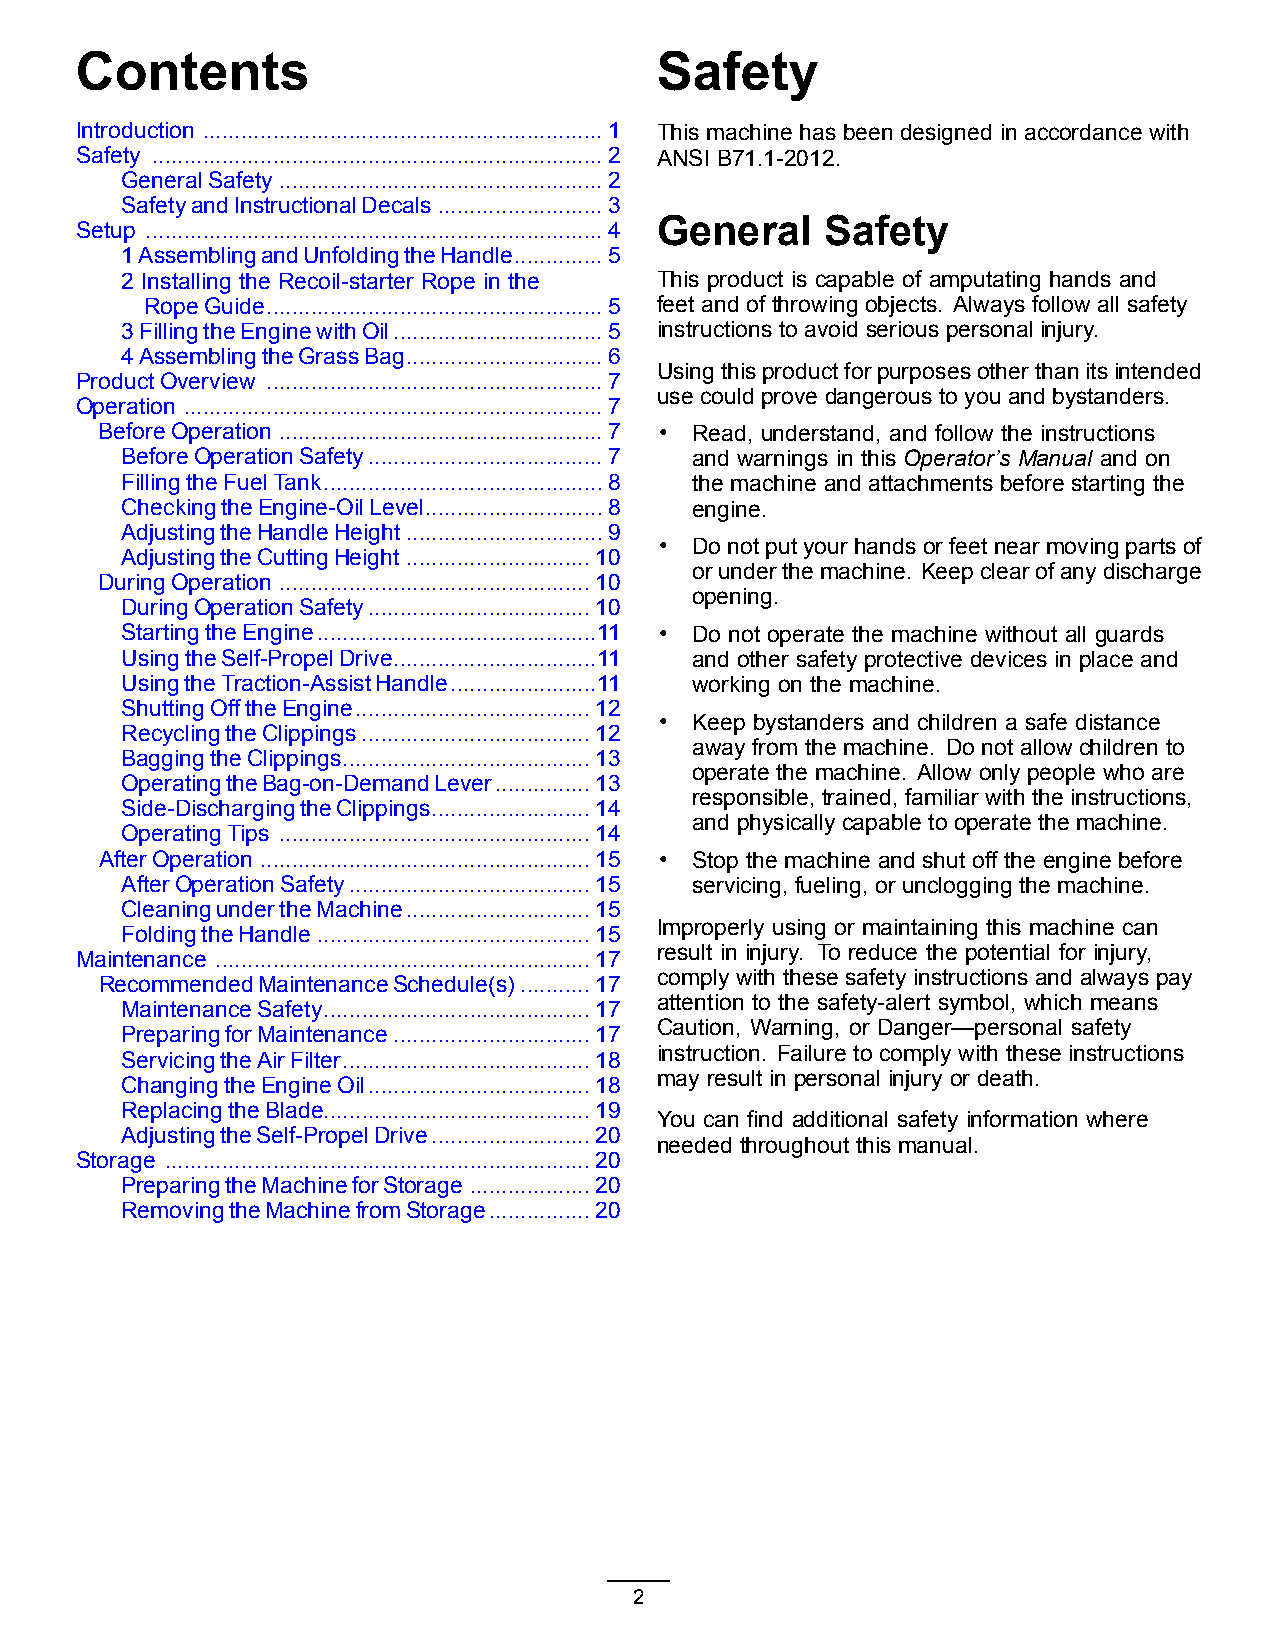
Contents                              Safety
 Introduction ...............................................................1 This machine has been designed in accordance with
 Safety .......................................................................2 ANSI B71.1-2012.
 GeneralSafety...................................................2
 SafetyandInstructionalDecals ..........................3
 General     Safety
 Setup ........................................................................4
 1AssemblingandUnfoldingtheHandle..............5
 2 Installing the Recoil-starter Rope in the This product is capable of amputating hands and
 RopeGuide.....................................................5 feet and of throwing objects. Always follow all safety
 3FillingtheEnginewithOil.................................5 instructions to avoid serious personal injury.
 4AssemblingtheGrassBag...............................6
 Usingthisproductforpurposesotherthanitsintended
 ProductOverview .....................................................7
 use could prove dangerous to you and bystanders.
 Operation ..................................................................7
 BeforeOperation ...................................................7 • Read, understand, and follow the instructions
 BeforeOperationSafety.....................................7 and warnings in this Operator’s Manual and on
 FillingtheFuelTank............................................8 the machine and attachments before starting the
 CheckingtheEngine-OilLevel............................8 engine.
 AdjustingtheHandleHeight...............................9
 • Do not put your hands or feet near moving parts of
 AdjustingtheCuttingHeight.............................10
 orunderthemachine. Keepclearofanydischarge
 DuringOperation .................................................10
 opening.
 DuringOperationSafety...................................10
 StartingtheEngine............................................11 • Do not operate the machine without all guards
 UsingtheSelf-PropelDrive................................11 and other safety protective devices in place and
 UsingtheTraction-AssistHandle.......................11 working on the machine.
 ShuttingOfftheEngine.....................................12
 • Keep bystanders and children a safe distance
 RecyclingtheClippings....................................12
 away from the machine. Do not allow children to
 BaggingtheClippings.......................................13
 operate the machine. Allow only people who are
 OperatingtheBag-on-DemandLever...............13
 responsible, trained, familiar with the instructions,
 Side-DischargingtheClippings.........................14
 and physically capable to operate the machine.
 OperatingTips .................................................14
 AfterOperation ....................................................15 • Stop the machine and shut off the engine before
 AfterOperationSafety......................................15 servicing, fueling, or unclogging the machine.
 CleaningundertheMachine.............................15
 Improperly using or maintaining this machine can
 FoldingtheHandle...........................................15
 result in injury. To reduce the potential for injury,
 Maintenance ...........................................................17
 comply with these safety instructions and always pay
 RecommendedMaintenanceSchedule(s)...........17
 attention to the safety-alert symbol, which means
 MaintenanceSafety..........................................17
 Caution, Warning, or Danger—personal safety
 PreparingforMaintenance...............................17
 instruction. Failure to comply with these instructions
 ServicingtheAirFilter.......................................18
 may result in personal injury or death.
 ChangingtheEngineOil...................................18
 ReplacingtheBlade..........................................19
 You can find additional safety information where
 AdjustingtheSelf-PropelDrive.........................20
 needed throughout this manual.
 Storage ...................................................................20
 PreparingtheMachineforStorage ...................20
 RemovingtheMachinefromStorage................20
 2